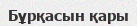
Бұрқасын қары